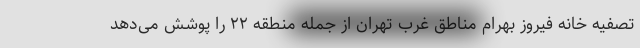
تصفیه خانه فیروز بهرام مناطق غرب تهران از جمله منطقه ۲۲ را پوشش می‌دهد